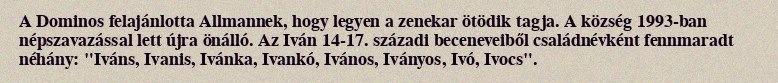
A Dominos felajánlotta Allmannek, hogy legyen a zenekar ötödik tagja. A község 1993-ban népszavazással lett újra önálló. Az Iván 14-17. századi beceneveiből családnévként fennmaradt néhány: "Iváns, Ivanis, Ivánka, Ivankó, Ivános, Iványos, Ivó, Ivocs".